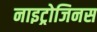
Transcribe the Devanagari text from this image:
नाइट्रोजिनस